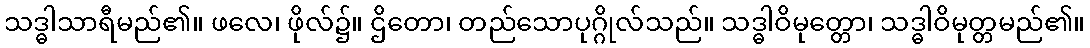
သဒ္ဓါသာရီမည်၏။ ဖလေ၊ ဖိုလ်၌။ ဌိတော၊ တည်သောပုဂ္ဂိုလ်သည်။ သဒ္ဓါဝိမုတ္တော၊ သဒ္ဓါဝိမုတ္တမည်၏။